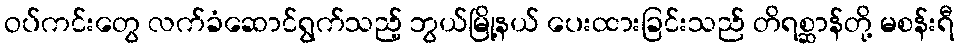
ဝပ်ကင်းတွေ လက်ခံဆောင်ရွက်သည့် ဘွယ်မြို့နယ် ပေးထားခြင်းသည် တိရစ္ဆာန်တို့ မစန်းရီ